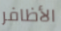
الأظافر